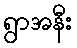
ရွာအနီး